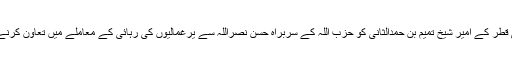
لیکن یہ اختلافات بھی قطر کے امیر شیخ تمیم بن حمدالثانی کو حزب اللہ کے سربراہ حسن نصراللہ سے یرغمالیوں کی رہائی کے معاملے میں تعاون کرنے سے نہ روک پائے۔